Report of the Indian Hemp Drugs Commission, 1894-1895 - Volume IV
Year: 1894
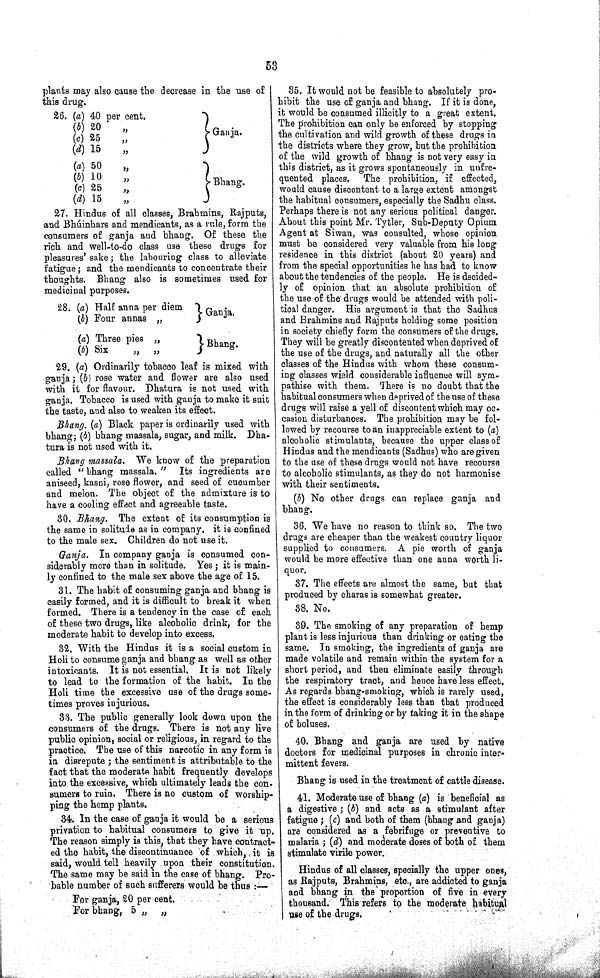
53
plants may also cause the decrease in the use of
this drug.
26. (a) 40 per cent.
(b) 20 " Ganja.
(c) 25 "
(d) 15 "
(a) 50 "
(b) 10 " Bhang.
(c) 25 "
(d) 15 "
27. Hindus of all classes, Brahmins, Rajputs,
and Bhúinhars and mendicants, as a rule, form the
consumers of ganja and bhang. Of these the
rich and well-to-do class use these drugs for
pleasures' sake; the labouring class to alleviate
fatigue; and the mendicants to concentrate their
thoughts. Bhang also is sometimes used for
medicinal purposes.
28. (a) Half anna per diem
(b) Four annas
"
Ganja.
(a) Three pies "
(b) Six
"
"
Bhang.
29. (a) Ordinarily tobacco leaf is mixed with
ganja ; (b) rose water and flower are also used
with it for flavour. Dhatura is not used with
ganja. Tobacco is used with ganja to make it suit
the taste, and also to weaken its effect.
Bhang. (a) Black paper is ordinarily used with
bhang; (b) bhang massala, sugar, and milk. Dha-
tura is not used with it.
Bhang massala. We know of the preparation
called "bhang massala." Its ingredients are
aniseed, kasni, rose flower, and seed of cucumber
and melon. The object of the admixture is to
have a cooling effect and agreeable taste.
30. Bhang. The extent of its consumption is
the same in solitude as in company. it is confined
to the male sex. Children do not use it.
Ganja. In company ganja is consumed con-
siderably more than in solitude. Yes; it is main-
ly confined to the male sex above the age of 15.
31. The habit of consuming ganja and bhang is
easily formed, and it is difficult to break it when
formed. There is a tendency in the case of each
of these two drugs, like alcoholic drink, for the
moderate habit to develop into excess.
32. With the Hindus it is a social custom in
Holi to consume ganja and bhang as well as other
intoxicants. It is not essential. It is not likely
to lead to the formation of the habit. In the
Holi time the excessive use of the drugs some-
times proves injurious.
33. The public generally look down upon the
consumers of the drugs. There is not any live
public opinion, social or religious, in regard to the
practice. The use of this narcotic in any form is
in disrepute ; the sentiment is attributable to the
fact that the moderate habit frequently develops
into the excessive, which ultimately leads the con-
sumers to ruin. There is no custom of worship-
ping the hemp plants.
34. In the case of ganja it would be a serious
privation to habitual consumers to give it up.
The reason simply is this, that they have contract-
ed the habit, the discontinuance of which, it is
said, would tell heavily upon their constitution.
The same may be said in the case of bhang. Pro-
bable number of such sufferers would be thus :—
For ganja, 20 per cent.
For bhang, 5 " "
35. It would not be feasible to absolutely pro-
hibit the use of ganja and bhang. If it is done,
it would be consumed illicitly to a great extent.
The prohibition can only be enforced by stopping
the cultivation and wild growth of these drugs in
the districts where they grow, but the prohibition
of the wild growth of bhang is not very easy in
this district, as it grows spontaneously in unfre-
quented places. The prohibition, if effected,
would cause discontent to a large extent amongst
the habitual consumers, especially the Sadhu class.
Perhaps there is not any serious political danger.
About this point Mr. Tytler, Sub-Deputy Opium
Agent at Siwan, was consulted, whose opinion
must be considered very valuable from his long
residence in this district (about 20 years) and
from the special opportunities he has had to know
about the tendencies of the people. He is decided-
ly of opinion that an absolute prohibition of
the use of the drugs would be attended with poli-
tical danger. His argument is that the Sadhus
and Brahmins and Rajputs holding some position
in society chiefly form the consumers of the drugs.
They will be greatly discontented when deprived of
the use of the drugs, and naturally all the other
classes of the Hindus with whom these consum-
ing classes wield considerable influence will sym-
pathise with them. There is no doubt that the
habitual consumers when deprived of the use of these
drugs will raise a yell of discontent which may oc-
casion disturbances. The prohibition may be fol-
lowed by recourse to an inappreciable extent to (a)
alcoholic stimulants, because the upper class of
Hindus and the mendicants (Sadhus) who are given
to the use of these drugs would not have recourse
to alcoholic stimulants, as they do not harmonise
with their sentiments.
(b) No other drugs can replace ganja and
bhang.
36. We have no reason to think so. The two
drugs are cheaper than the weakest country liquor
supplied to consumers. A pie worth of ganja
would be more effective than one anna worth li-
quor.
37. The effects are almost the same, but that
produced by charas is somewhat greater.
38. No.
39. The smoking of any preparation of hemp
plant is less injurious than drinking or eating the
same. In smoking, the ingredients of ganja are
made volatile and remain within the system for a
short period, and then eliminate easily through
the respiratory tract, and hence have less effect.
As regards bhang-smoking, which is rarely used,
the effect is considerably less than that produced
in the form of drinking or by taking it in the shape
of boluses.
40. Bhang and ganja are used by native
doctors for medicinal purposes in chronic inter-
mittent fevers.
Bhang is used in the treatment of cattle disease.
41. Moderate use of bhang (a) is beneficial as
a digestive; (b) and acts as a stimulant after
fatigue; (c) and both of them (bhang and ganja)
are considered as a febrifuge or preventive to
malaria; (d) and moderate doses of both of them
stimulate virile power.
Hindus of all classes, specially the upper ones,
as Rajputs, Brahmins, etc., are addicted to ganja
and bhang in the proportion of five in every
thousand. This refers to the moderate habitual
use of the drugs.